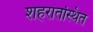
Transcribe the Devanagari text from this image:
शहरांतस्थित